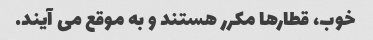
خوب، قطارها مکرر هستند و به موقع می آیند.